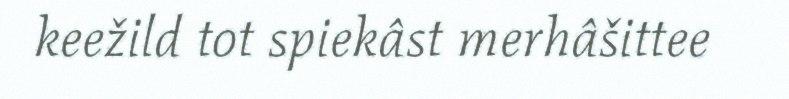
keežild tot spiekâst merhâšittee